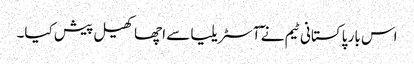
اس بار پاکستانی ٹیم نے ٓآسٹریلیا سے اچھا کھیل پیش کیا۔